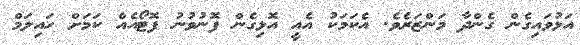
އަޅުވައިގެން ގެންދާ މަންޒަރެވެ. އެކަމަކު އެއީ އޮޅިގެން ފޮނުވުނު ފޮޓޯއެއް ކަމަށް ހައިލަމް